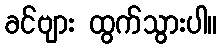
ခင်ဗျား ထွက်သွားပါ။